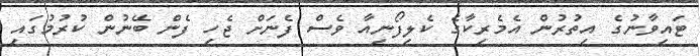
ޓައިވާނުގެ އިތުރުން އެމެރިކާގެ ކެލިފޯނިއާ ވެސް ފެނަށް ޖެހި ފެން ބޭނުން ކުރުމުގައި